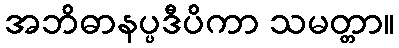
အဘိဓာနပ္ပဒီပိကာ သမတ္တာ။